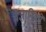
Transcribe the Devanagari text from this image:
वैज्ञानिकाें